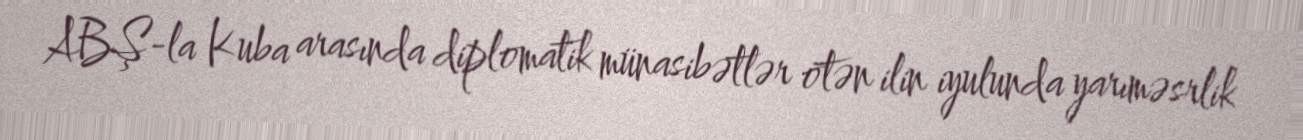
ABŞ-la Kuba arasında diplomatik münasibətlər ötən ilin iyulunda yarıməsrlik